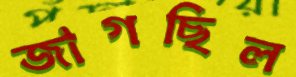
জাগছিল